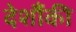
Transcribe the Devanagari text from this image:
देशौंकी